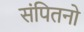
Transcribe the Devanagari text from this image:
संपितनो